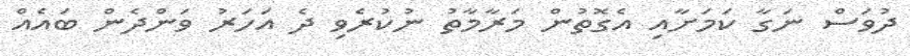
ދުވަސް ނަގާ ކަމަށާއި އެގޮތުން މަރާމާތު ނުކުރެވި ދެ އަހަރު ވަންދެން ބައެއް